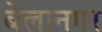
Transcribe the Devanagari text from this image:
बेलानगर